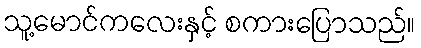
သူ့မောင်ကလေးနှင့် စကားပြောသည်။